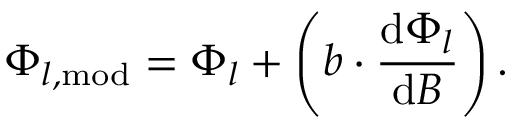
\Phi _ { l , \mathrm { m o d } } = \Phi _ { l } + \left( b \cdot \frac { \mathrm { d } \Phi _ { l } } { \mathrm { d } B } \right) .